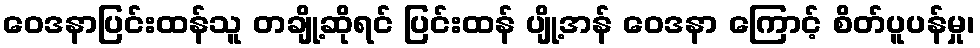
ဝေဒနာပြင်းထန်သူ တချို့ဆိုရင် ပြင်းထန် ပျို့အန် ဝေဒနာ ကြောင့် စိတ်ပူပန်မှု၊